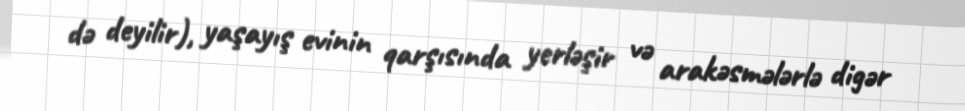
də deyilir), yaşayış evinin qarşısında yerləşir və arakəsmələrlə digər